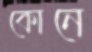
কোনে